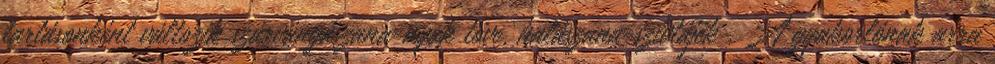
tartásonként változik szárvángászana=nyak töve, halászana=szívtájék . A gyakorlónak arra